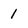
Character: 1